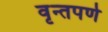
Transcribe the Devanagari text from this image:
वृन्तपर्ण